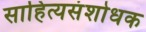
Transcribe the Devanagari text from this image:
साहित्यसंशोधक